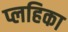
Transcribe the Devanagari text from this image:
प्लहिका